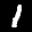
Label: 1